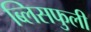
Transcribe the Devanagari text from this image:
ब्लिसफुली